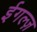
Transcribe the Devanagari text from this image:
ईगल्ज़